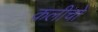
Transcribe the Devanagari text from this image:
कलीचो